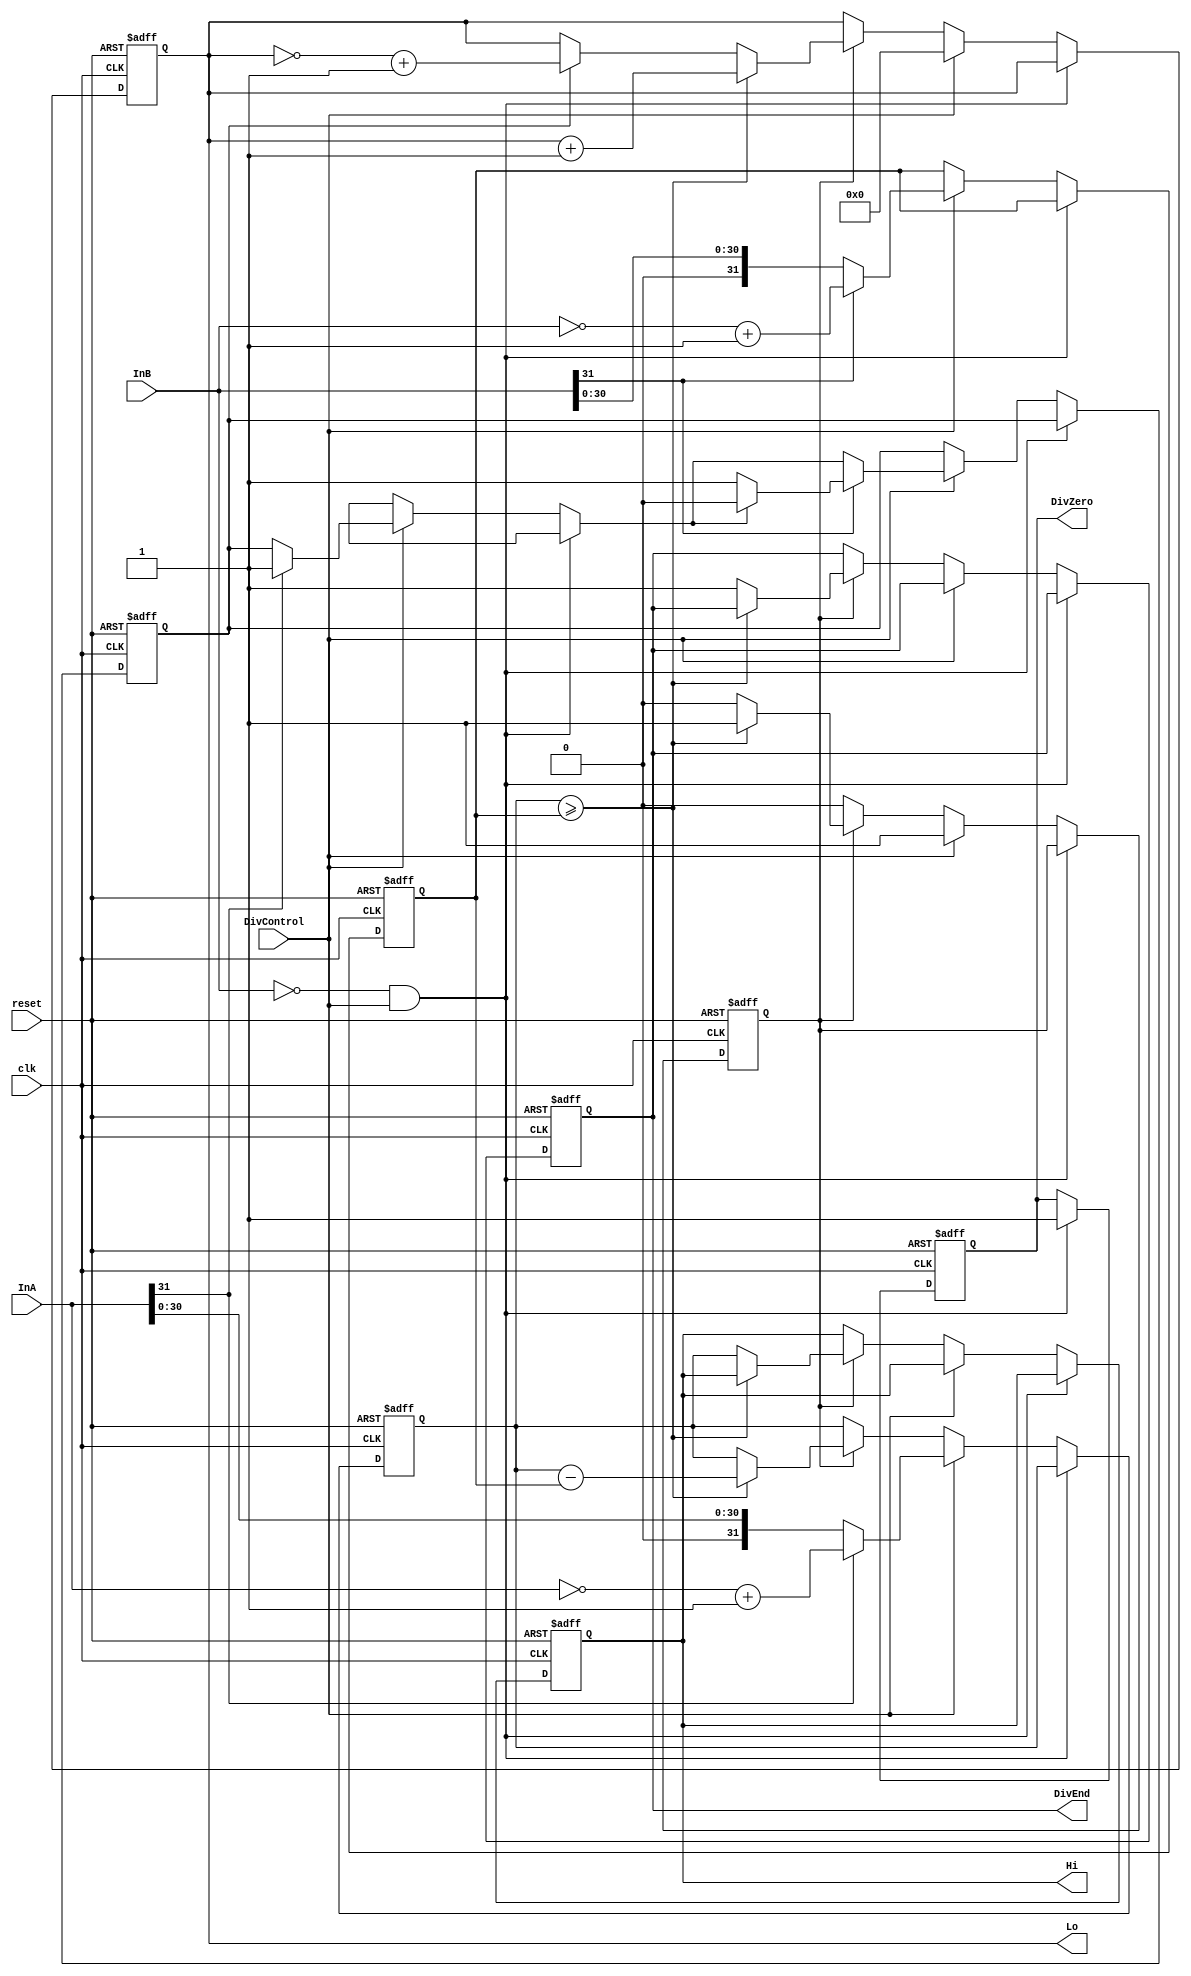
module Div(clk, reset, InA, InB, DivControl, Hi, Lo, DivZero, DivEnd);

  input clk;
  input reset;
  input signed [31:0] InA;
  input signed [31:0] InB;
  input DivControl;
  
  output reg [31:0] Hi;
  output reg [31:0] Lo;    
  output reg DivZero;
  output reg DivEnd;
  
  reg [31:0] dividendo;
  reg [31:0] divisor;
  reg inicio;
  reg negacao;
  
  always @(posedge clk or posedge reset) begin
    if(reset) begin
      dividendo = 32'd0;
      divisor = 32'd0;
      Hi = 32'd0;
      Lo = 32'd0;
      DivZero = 1'd0;
      DivEnd = 1'd0;
      inicio = 1'd0;
      negacao = 1'd0;
    end
    else if (InB == 32'd0 && DivControl) begin
		DivZero = 1'd1;
	end
    else if(DivControl) begin
	  dividendo = InA;
	  divisor = InB;
      if(dividendo[31] == 1'd1) begin
        dividendo = ~dividendo + 1;
        negacao = 1'd1;
      end
      if(divisor[31] == 1'd1) begin
        divisor = ~divisor + 1;
        if(negacao) begin
          negacao = 1'd0;
        end
        else begin
          negacao = 1'd1;
        end
      end      
      Lo = 32'd0;
      inicio = 1'd1;
    end
    else if(inicio) begin
      if(dividendo >= divisor) begin
        dividendo = dividendo - divisor;
        Lo = Lo + 1;
      end
      else begin
        Hi = dividendo;
        if(negacao) begin
          Lo = ~Lo + 1;
        end
        DivEnd = 1'd1;
        inicio = 1'd0;
      end
    end
  end
  
endmodule